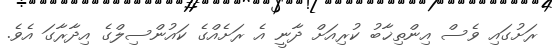
ރަށުގައި ވެސް އިންތިޚާބު ކުރިއަށް ދާނީ އެ ރަށެއްގެ ކައުންސިލްގެ އިދާރާގަ އެވެ.